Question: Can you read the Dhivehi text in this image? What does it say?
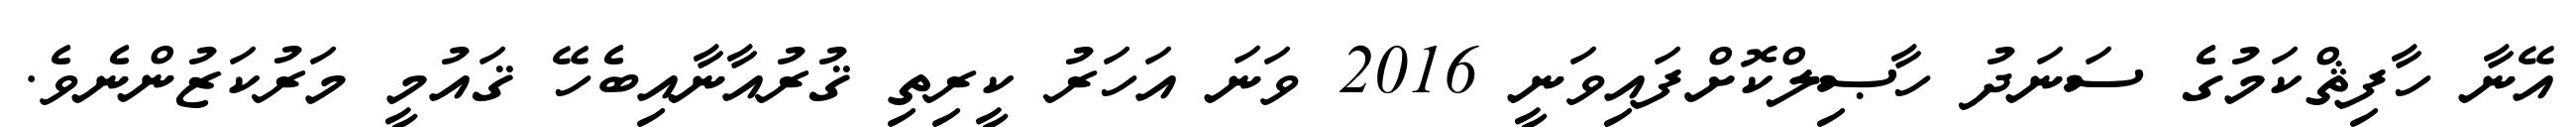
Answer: އޭނާ ހާފިޘްކަމުގެ ސަނަދު ހާޞިލްކޮށްފައިވަނީ 2016 ވަނަ އަހަރު ކީރިތި ޤުރުއާނާއިބެހޭ ޤައުމީ މަރުކަޒުންނެވެ.